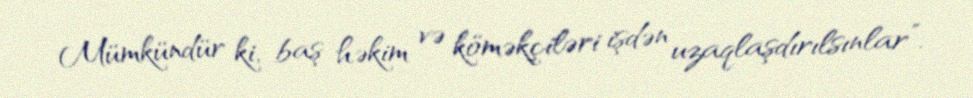
Mümkündür ki, baş həkim və köməkçiləri işdən uzaqlaşdırılsınlar”.